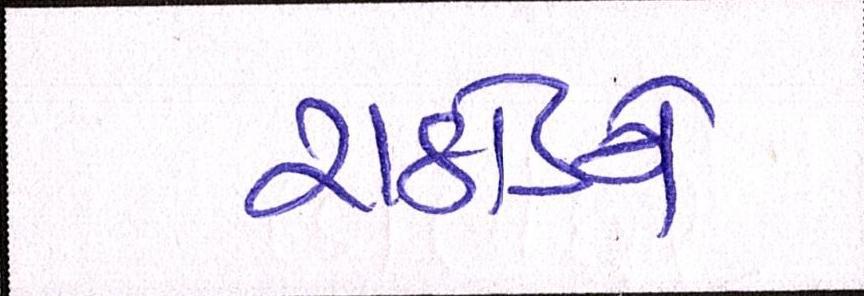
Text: રાઠોડને